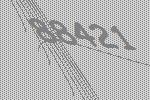
88421